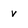
Character: v